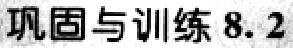
巩固与训练 8.2